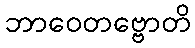
ဘာဝေတဗ္ဗောတိ